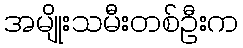
အမျိုးသမီးတစ်ဦးက